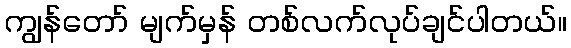
ကျွန်တော် မျက်မှန် တစ်လက်လုပ်ချင်ပါတယ်။